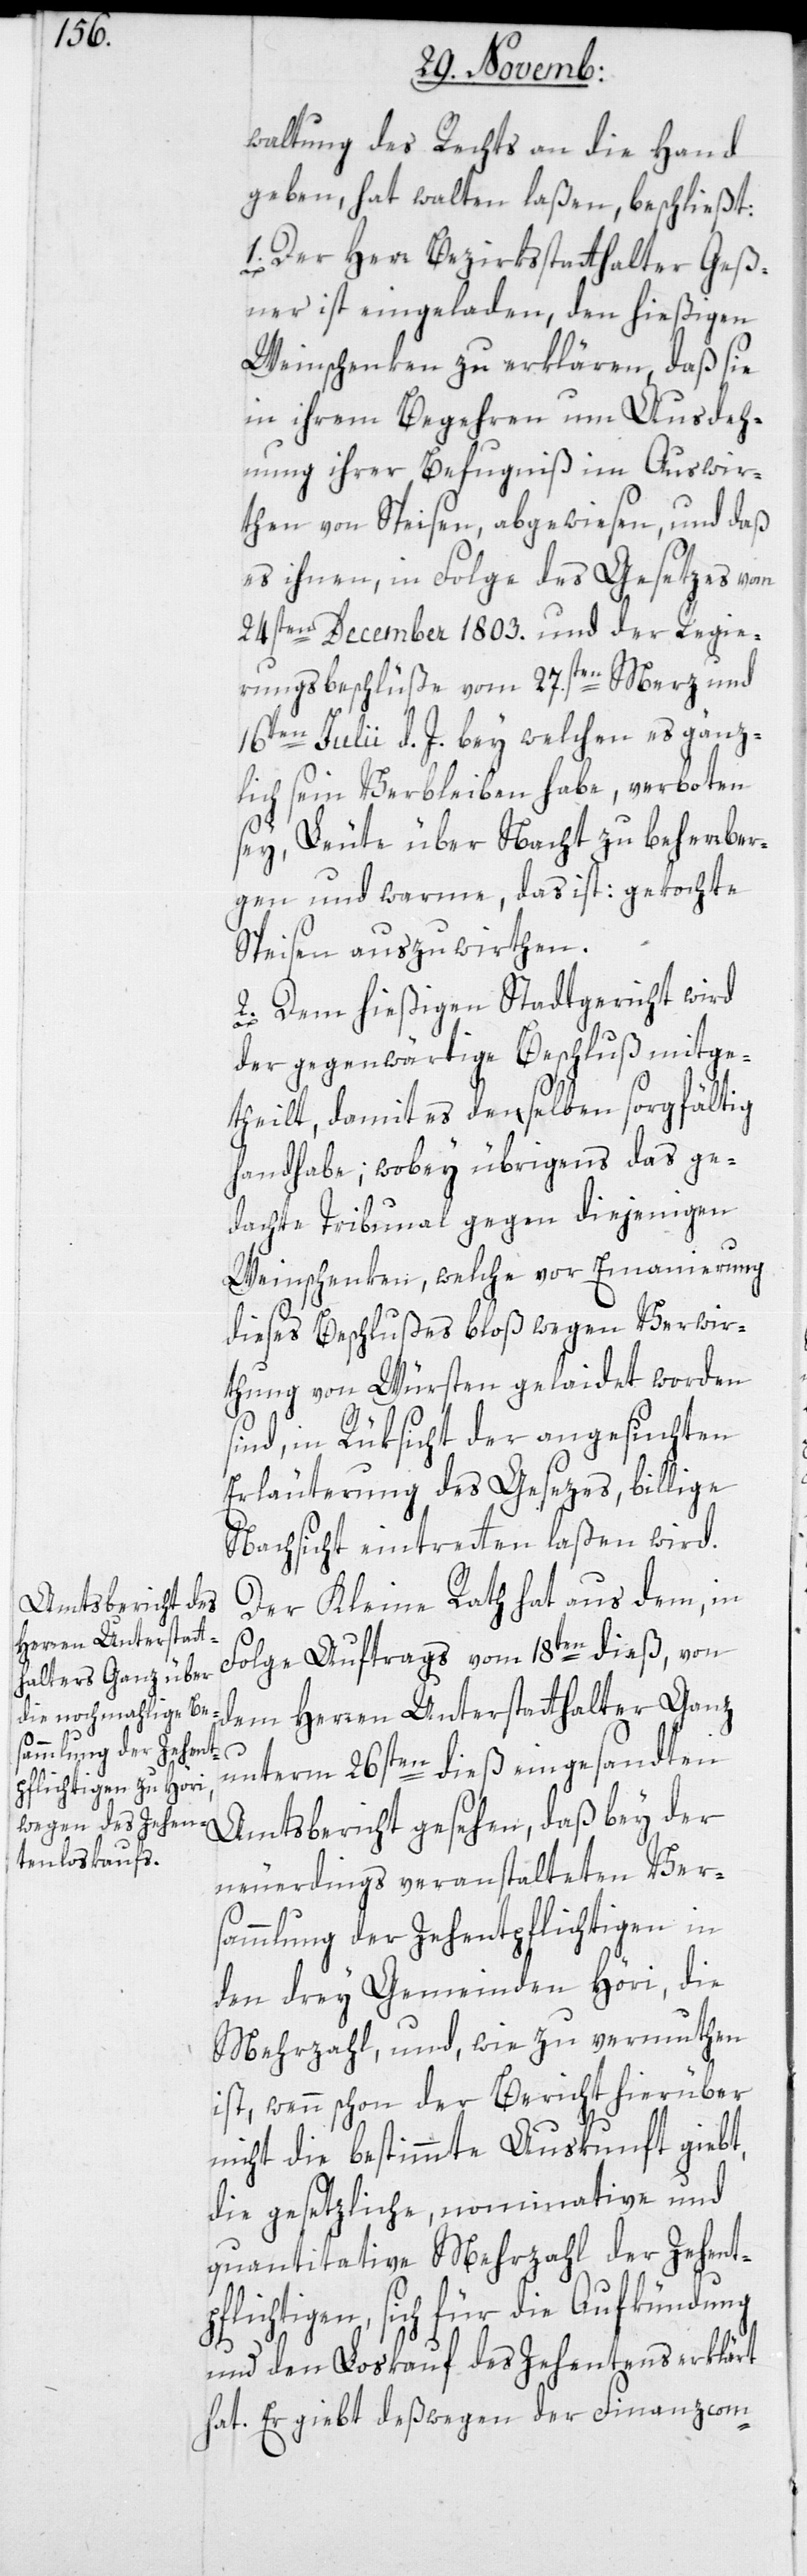
waltung des Rechts an die Hand
geben, hat walten laßen, beschließt:
1. Der Herr Bezirksstatthalter Geß¬
ner ist eingeladen, den hießigen
Weinschenken zu erklären, daß sie
in ihrem Begehren um Ausdeh¬
ung ihrer Befugniß im Auswir¬
then von Speisen, abgewiesen, und daß
es ihnen, in Folge des Gesetzes vom
24sten December 1803. und der Regie¬
rungsbeschlüße vom 27sten Merz und
16ten Julii d. J. bey welchen es gänz¬
lich sein Verbleiben habe, verboten
sey, Leute über Nacht zu beherber¬
gen und warme, das ist: gekochte
Speisen auszuwirthen.
2. Dem hießigen Stadtgericht wird
der gegenwärtige Beschluß mitge¬
theilt, damit es denselben sorgfältig
handhabe; wobey übrigens das ge¬
dachte Tribunal gegen diejenigen
Weinschenken, welche vor Emanierung
dieses Beschlußes bloß wegen Verwir¬
thung von Würsten gelaidet worden
sind, in Rüksicht der angesuchten
Erläuterung des Gesetzes, billige
Nachsicht eintreten laßen wird.
Der Kleine Rath hat aus dem, in
Folge Auftrags vom 18ten dieß, von
dem Herren Unterstatthalter Ganz
unterm 26sten dieß eingesandten
Amtsbericht gesehen, daß bey der
neuerdings veranstalteten Ver¬
sammlung der Zehentpflichtigen in
den drey Gemeinden Höri, die
Mehrzahl, und, wie zu vermuten
ist, wenn schon der Bericht hierüber
nicht die bestimmte Auskunft giebt,
die gesetzliche, nominative und
quantitative Mehrzahl der Zehent¬
pflichtigen, sich für die Aufkündung
und den Loskauf des Zehentens erklärt
hat. Er gibt deßwegen der Finanz-Com-